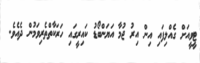
ޓީވީއަށް ގެއްލިފައި އިން އިރު ޖުމާ އަޔަންބޯޑު ކައިރީގައި ހަރަކާތްތެރިވަމުން ދެއެވެ.